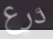
درع